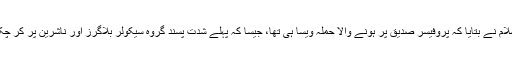
ناہیدالاسلام نے بتایا کہ پروفیسر صدیق پر ہونے والا حملہ ویسا ہی تھا، جیسا کہ پہلے شدت پسند گروہ سیکولر بلاگرز اور ناشرین پر کر چکے ہیں۔